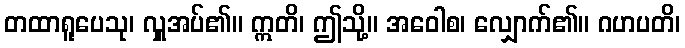
တထာရူပေသု၊ လှူအပ်၏။ ဣတိ၊ ဤသို့။ အဝေါစ၊ လျှောက်၏။ ဂဟပတိ၊